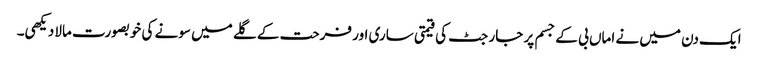
ایک دن میں نے اماں بی کے جسم پر جارجٹ کی قیمتی ساری اور فرحت کے گلے میں سونے کی خوبصورت مالا دیکھی۔